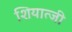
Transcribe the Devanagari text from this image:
शियात्जी